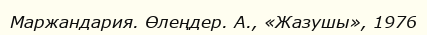
Маржандария. Өлеңдер. А., «Жазушы», 1976